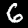
Digit: 6